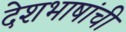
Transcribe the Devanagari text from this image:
देशभाषांची